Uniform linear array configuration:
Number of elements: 8
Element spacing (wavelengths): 0.75
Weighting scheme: cosine
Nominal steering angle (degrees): -30
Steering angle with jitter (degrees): -28.554
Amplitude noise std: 0.05
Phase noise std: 0.05

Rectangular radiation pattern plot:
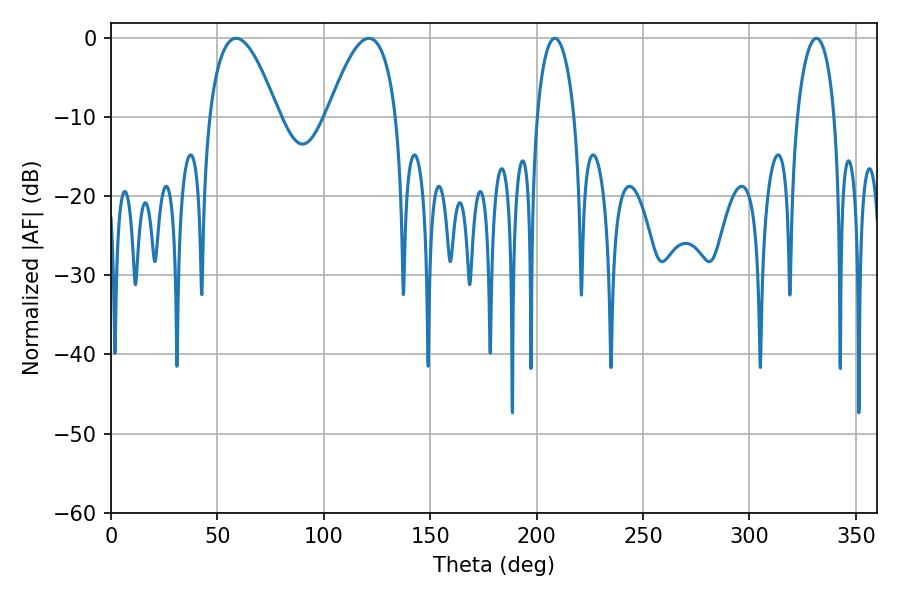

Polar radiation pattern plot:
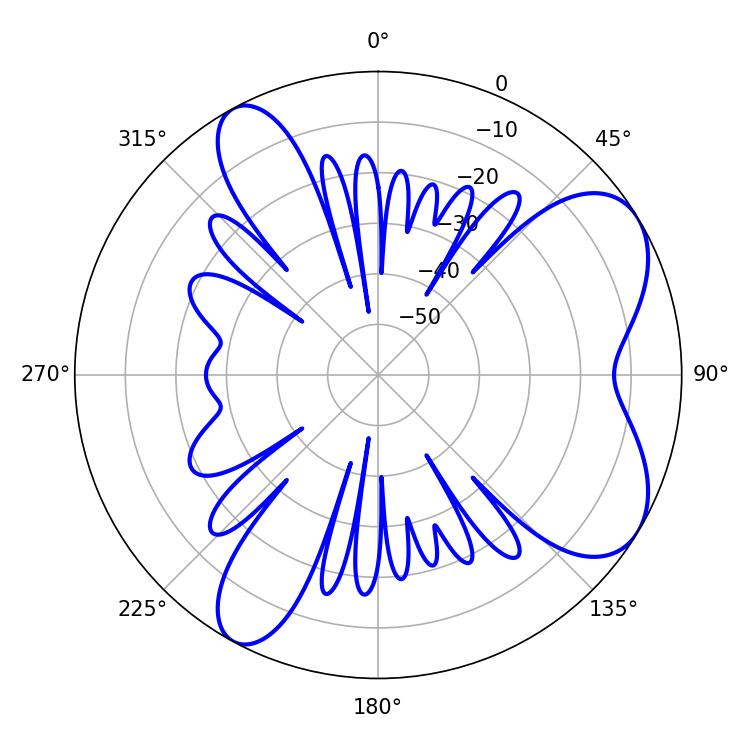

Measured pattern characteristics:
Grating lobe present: TRUE
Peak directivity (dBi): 6.892
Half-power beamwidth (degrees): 17.82
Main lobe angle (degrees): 58.86